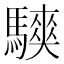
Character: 𱄳